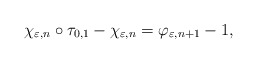
\begin{align*}\chi _{\varepsilon ,n}\circ \tau _{0,1}-\chi _{\varepsilon ,n}=\varphi_{\varepsilon ,n+1}-1,\end{align*}